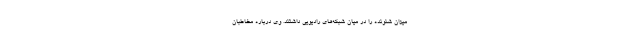
میزان شنونده را در میان شبکه‌های رادیویی داشتند. وی درباره مخاطبان